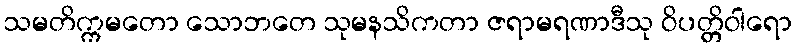
သမတိက္ကမတော သောဘတေ သုမနသိကတာ ဇရာမရဏာဒီသု ဝိပတ္တိဝါရော